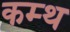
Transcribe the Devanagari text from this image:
कम्थ